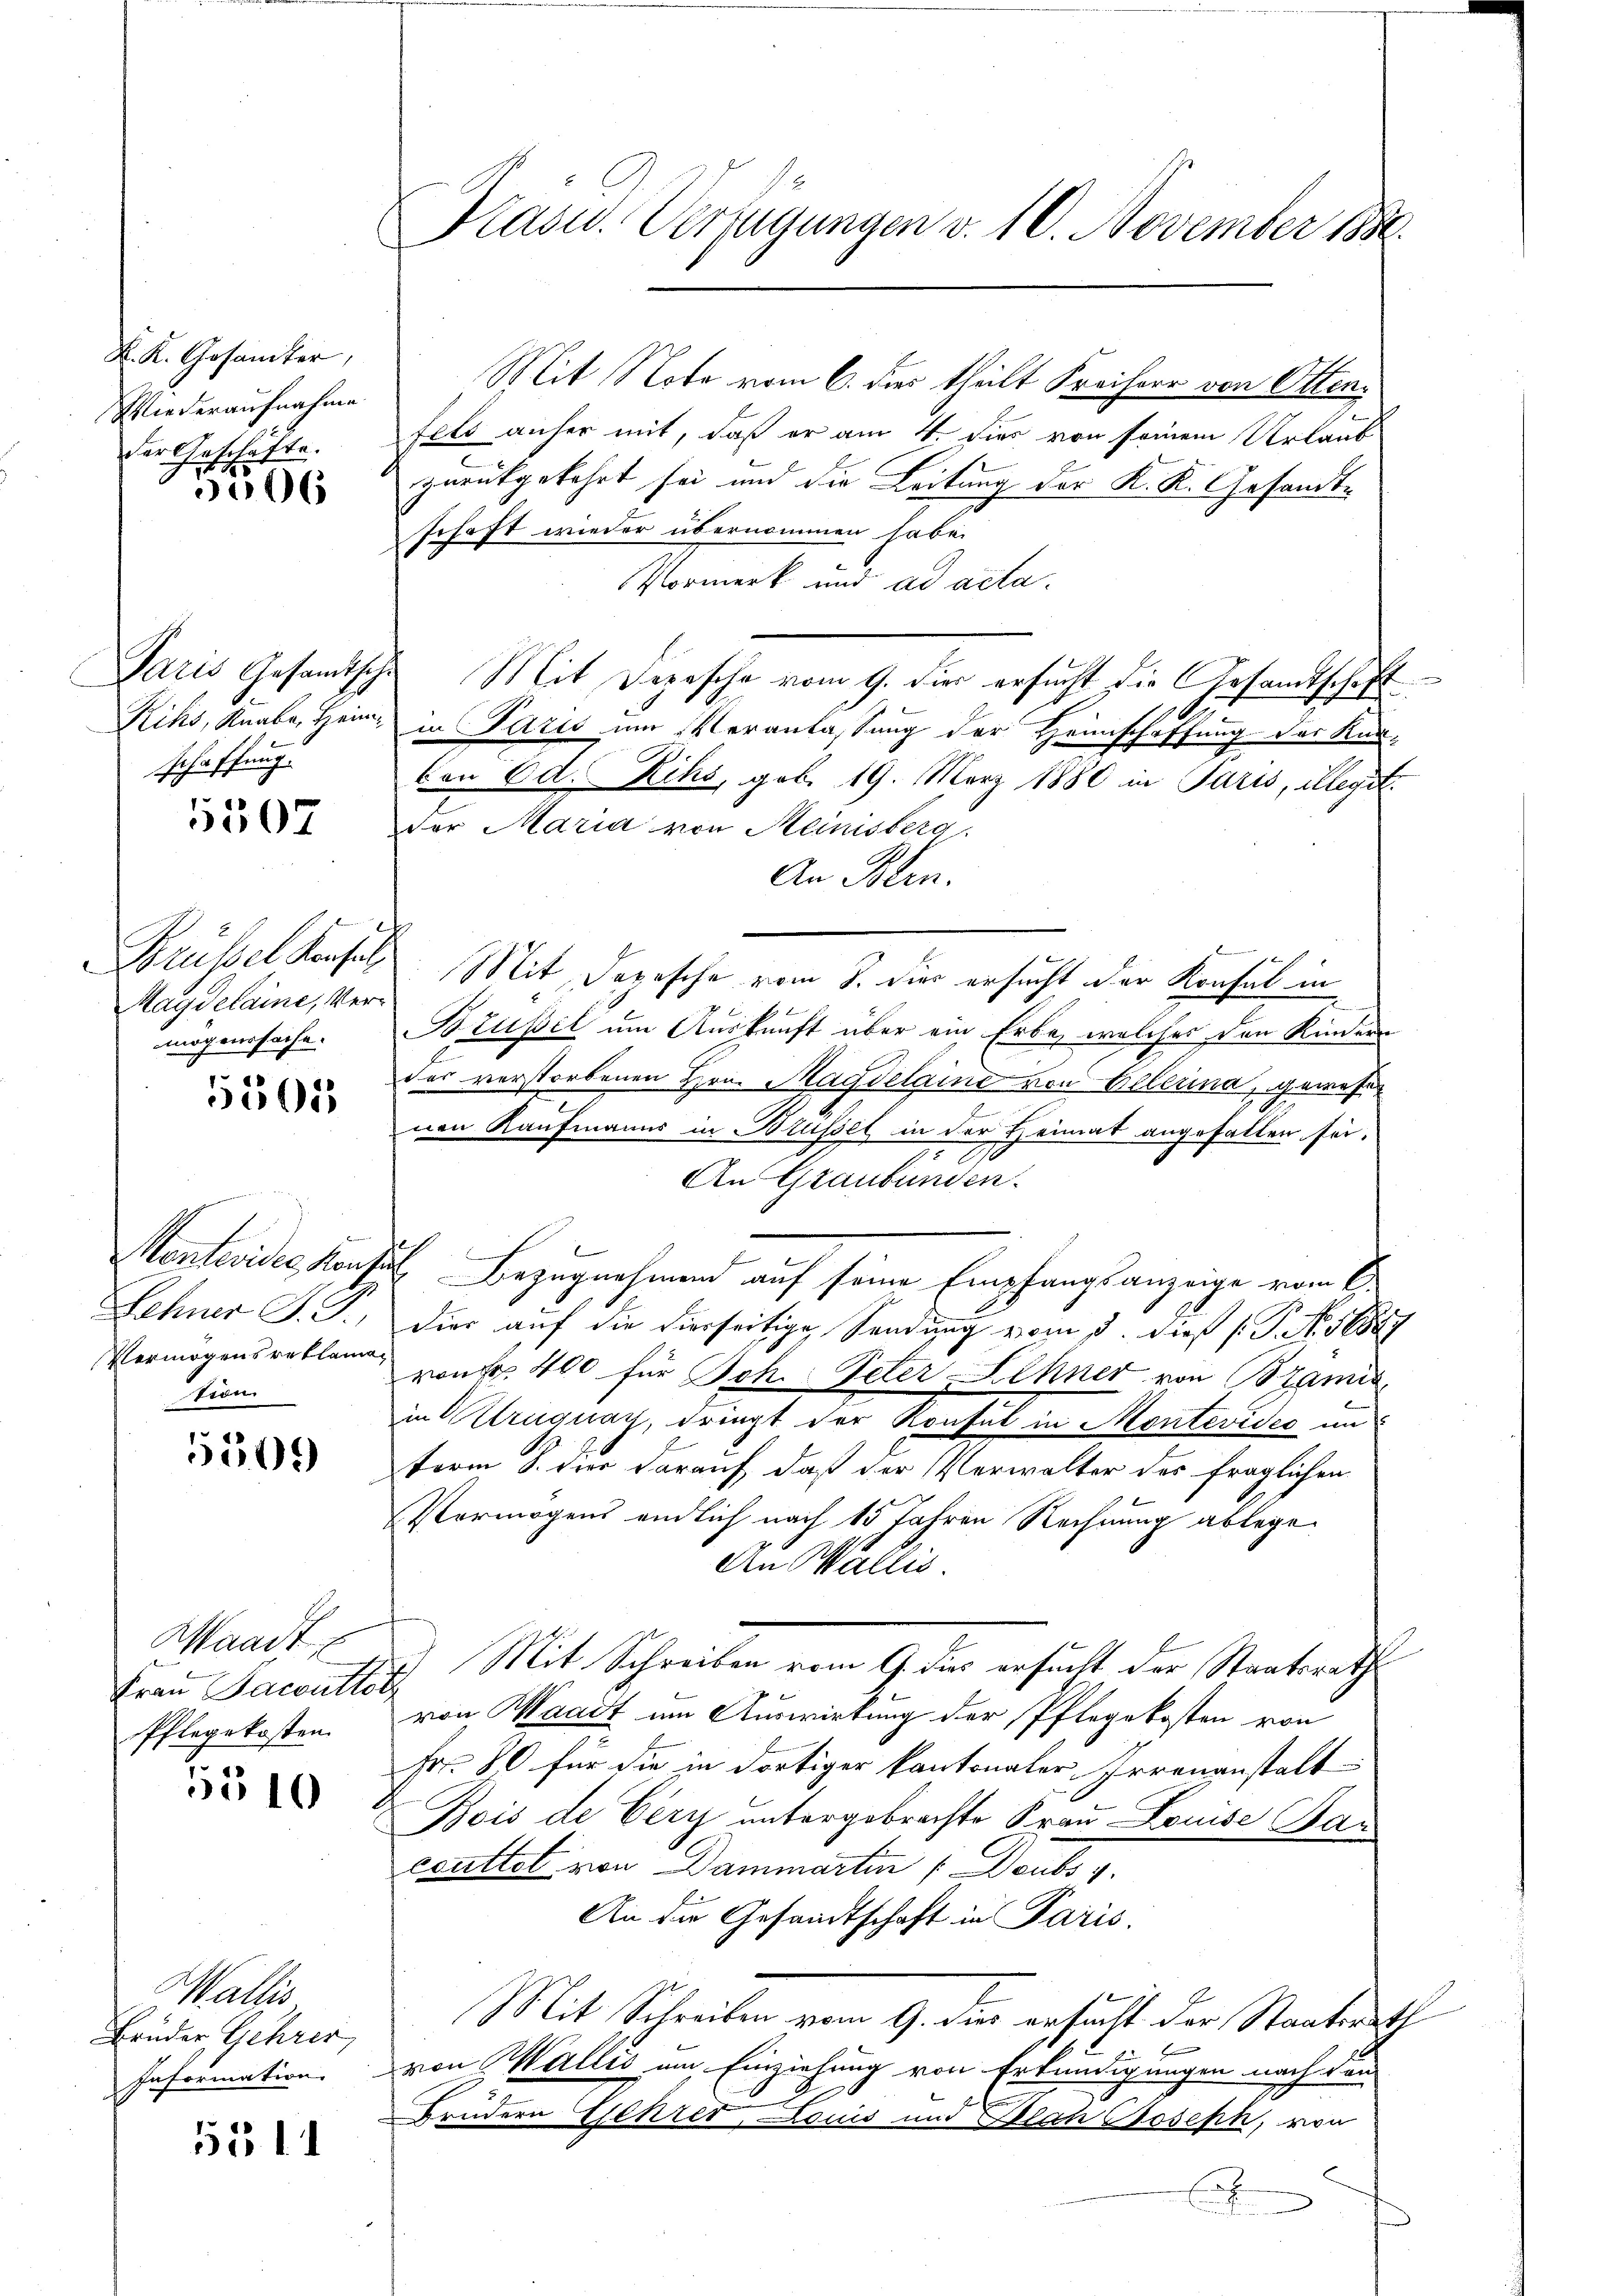
K. K. Gesandter,
Wiederaufnahme
der Geschäfte.
15
06

Paris Gesandtsche
Kihs, Knabe, Heim
schaffung.

5507

Brüssel Konsul
Magdelaine, Vermögenssache.

5501

Montevide Konfe
Lehner S. 9
Vermögens reklaman
tion

550.

Waadt E
Frau Sacrutter,
Pflegekosten.

510

Wallis
Bruder Gehrer,
Information.

5111

Präsid. Verfügungen v. 10. November 1890.

Mit Note vom 6. dies theilt Freiherr von Ottenfeld anher mit, daß er am 4. dies von seinem Urlaub
zurückgekehrt sei und die Leitung der K. K. Gesandtschaft wieder übernommen habe.
Vormerk und ad acta.
Mit Depesche vom 9. dies ersucht die Gesandtschaft
in Paris um Veranlassung der Heimschaffung des Kan-
on od. Rihs, geb. 19. März 1880 in Paris, illegit
der Maria von Meinisberg.
An Blen.
Mit Depesche vom 8. dies ersucht der Konsul in
Brusel um Auskunft über ein Erbe, welches den Kindern
das verstorbenen Hrn. Magdelaine von Belerina, gewesenen Kaufmanns in Brüssel in der Heimat angefallen sei.
An Graubünden.
 B
Bezugnahmen auf seine Empfangsanzeige vom 6.
dier auf die hierseitige Sendung vom 3. dieß (: P. Nr. 1889
von Fr. 400 für Joh. Peter Lehner von Bramis
in Uruguay, dringt der Konsul in Montevides und
term 8. dies darauf, daß der Verwalter des fraglichen
Vermögens endlich nach 15 Jahren Rechnung ablege.
An Wallis.
Mit Schreiben vom 9. dies ersucht der Staatsrathe
von Waadt im Auswirkung der Pflegekosten von
Fr. 80 für die in dortiger Kantonaler Irrenanstalt
Bois de Very untergebrachte Frau Louise Bau
evattet von Dammartin / Doubs v.
An die Gesandtschaft in Paris.
Mit Schreiben vom 9. dies ersucht der Staatsrath
von Wallis um Einziehung von Erkundigungen nach den
Brüdern Gehrer Louis und Nach Joseph, von
E